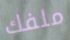
ملفك